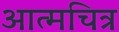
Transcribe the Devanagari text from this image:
आत्मचित्र